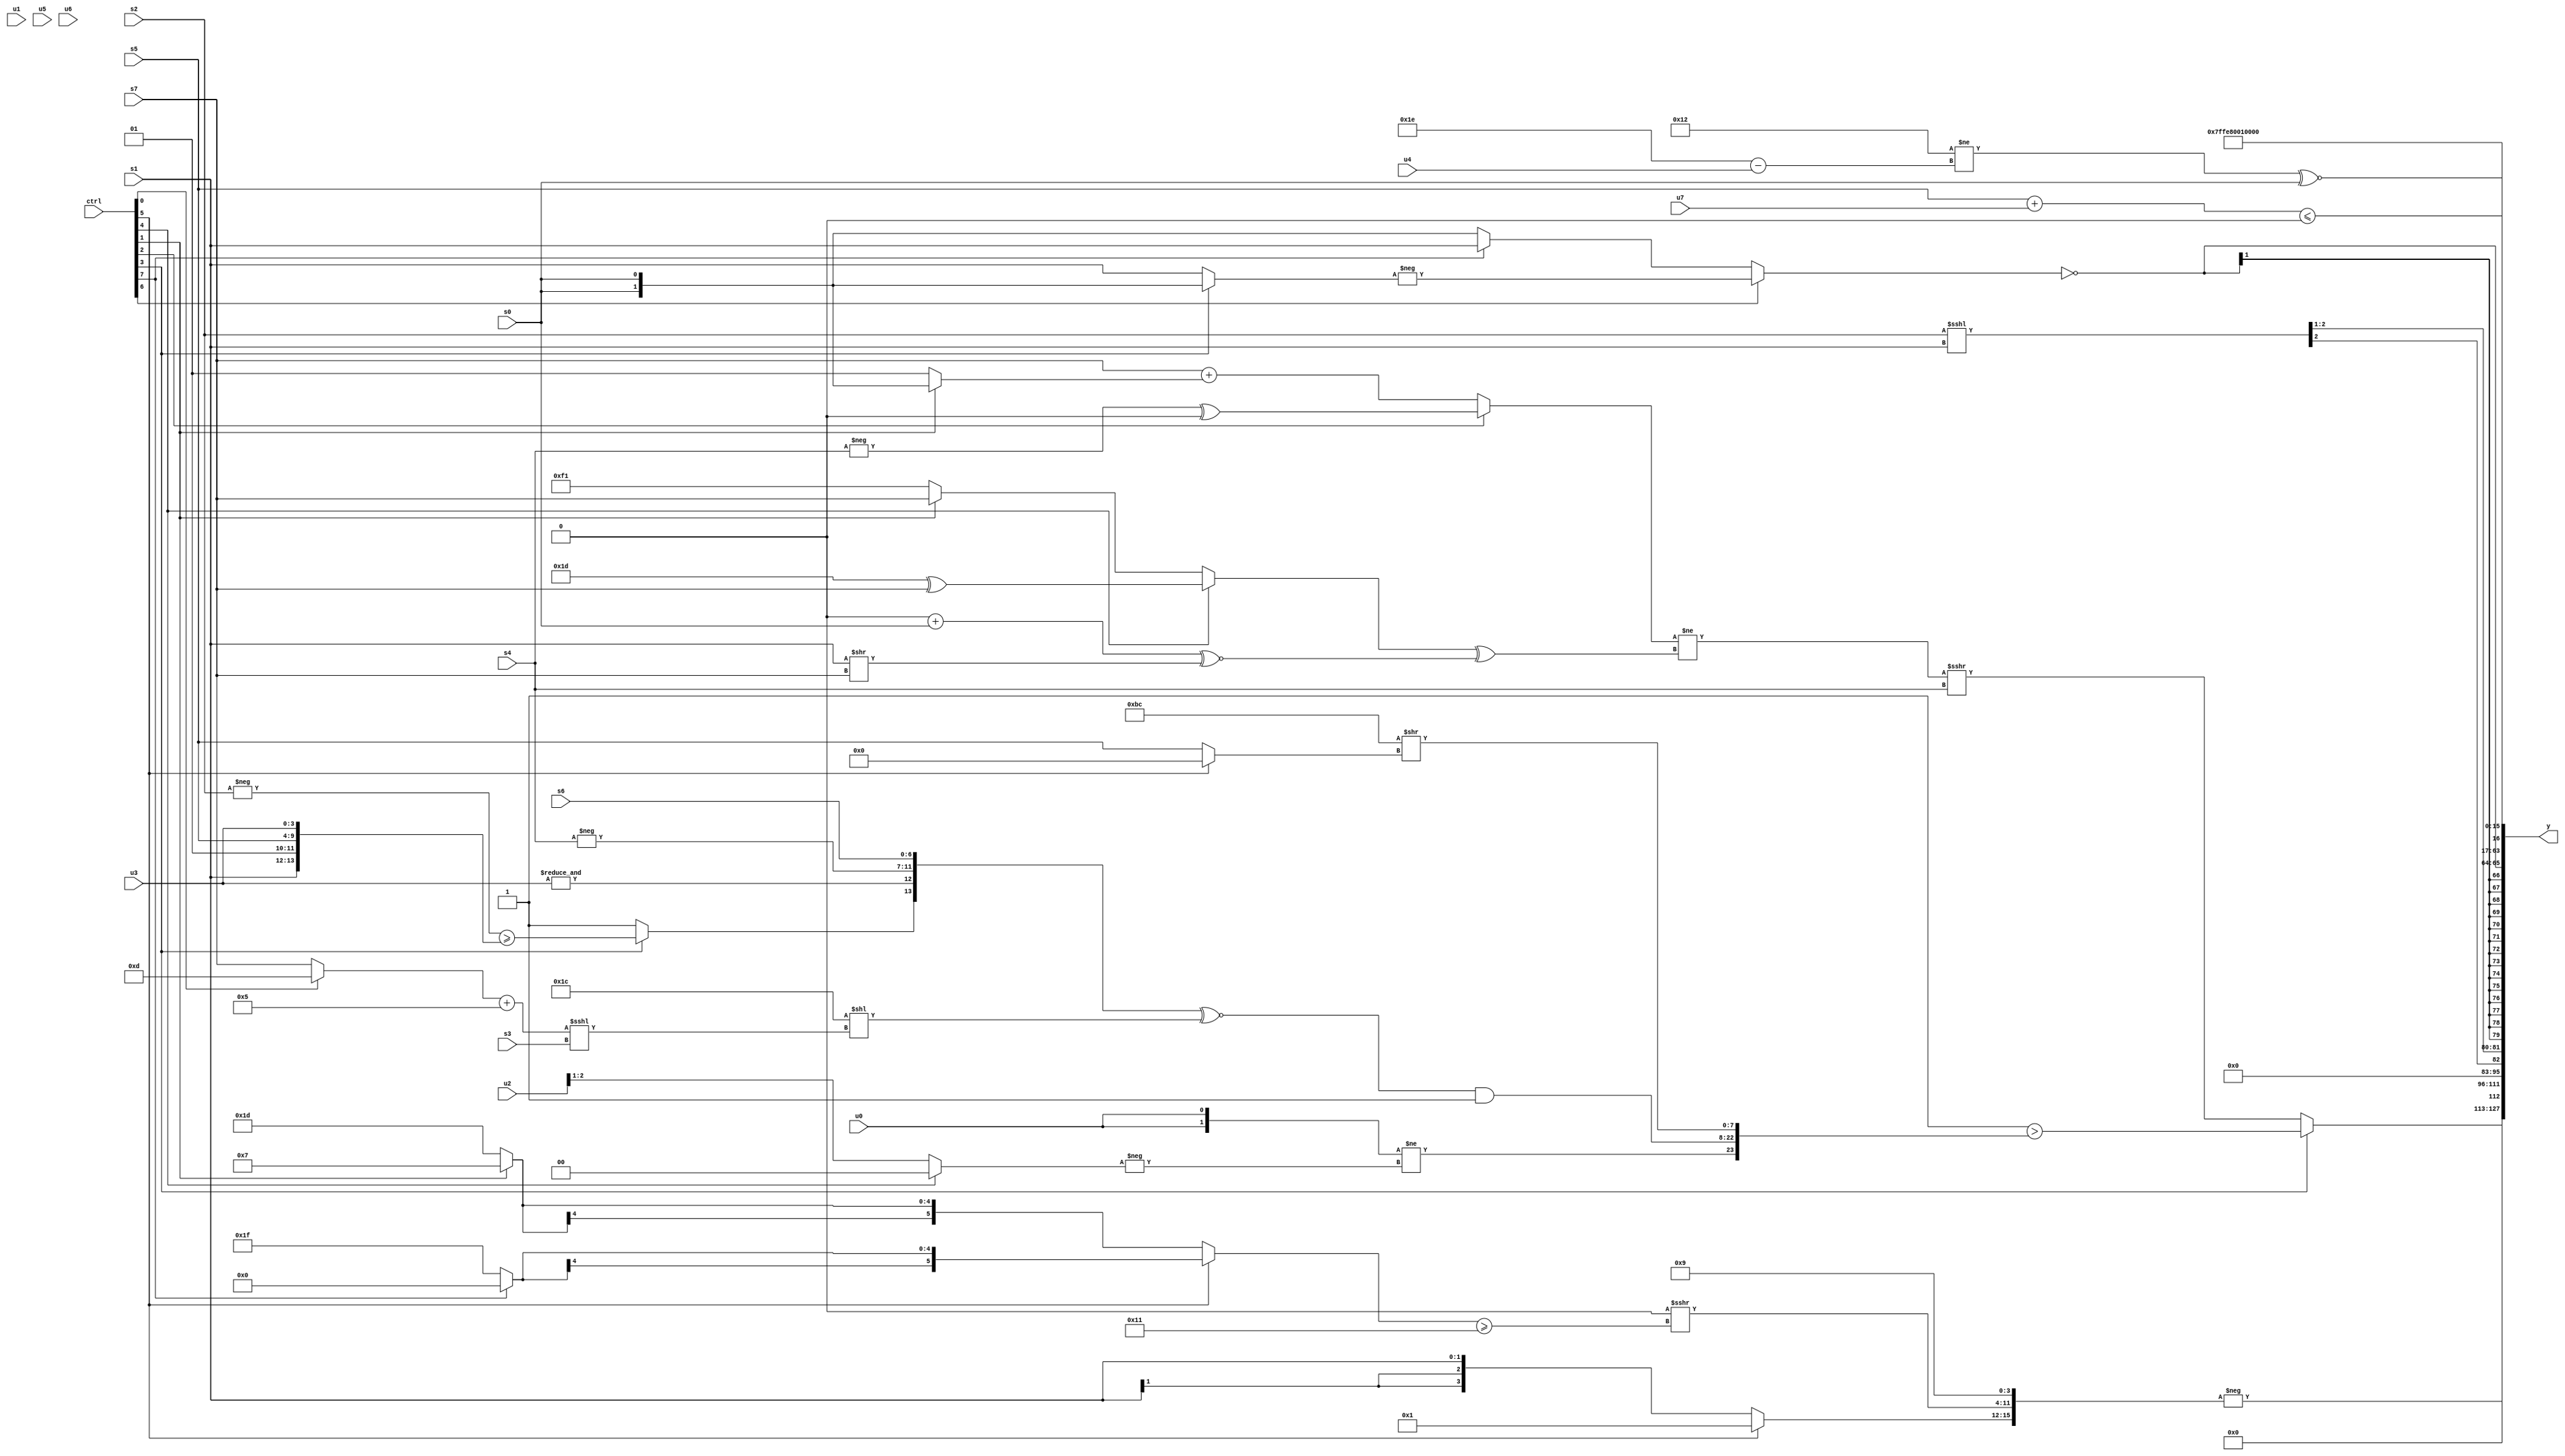
module wideexpr_00686(ctrl, u0, u1, u2, u3, u4, u5, u6, u7, s0, s1, s2, s3, s4, s5, s6, s7, y);
  input [7:0] ctrl;
  input [0:0] u0;
  input [1:0] u1;
  input [2:0] u2;
  input [3:0] u3;
  input [4:0] u4;
  input [5:0] u5;
  input [6:0] u6;
  input [7:0] u7;
  input signed [0:0] s0;
  input signed [1:0] s1;
  input signed [2:0] s2;
  input signed [3:0] s3;
  input signed [4:0] s4;
  input signed [5:0] s5;
  input signed [6:0] s6;
  input signed [7:0] s7;
  output [127:0] y;
  wire [15:0] y0;
  wire [15:0] y1;
  wire [15:0] y2;
  wire [15:0] y3;
  wire [15:0] y4;
  wire [15:0] y5;
  wire [15:0] y6;
  wire [15:0] y7;
  assign y = {y0,y1,y2,y3,y4,y5,y6,y7};
  assign y0 = (ctrl[3]?(~&(3'sb101))>({$signed(({2{$unsigned(+(+(u0)))}})!=(-((ctrl[4]?$signed((5'b00000)>(6'sb100000)):+((u2)>>(3'sb001)))))),(({(ctrl[3]?(-(s2))>=({s1,2'sb01,s5,u3}):2'b01),&(u3),-(s4),s6})^~((6'b011100)<<((((ctrl[0]?5'sb01101:s7))+($signed(6'sb000101)))<<<(s3))))&(1'b1),({$signed((3'sb001)^(4'sb1010)),1'sb1,3'sb100})>>((ctrl[5]?2'sb00:s5))}):|(+((((ctrl[2]?(-(s4))^($signed((u7)<<<(5'sb10000))):(s7)+(+((ctrl[1]?s0:2'sb01)))))!=(((ctrl[4]?(6'sb011101)^(s7):$signed((ctrl[1]?s7:5'sb10001))))^((($signed(1'sb0))+(s0))^~((s1)>>(s7)))))>>>(s4))));
  assign y1 = -({{4{(ctrl[5]?(ctrl[5]?2'sb01:s7):+(s1))}},((((5'sb10010)>>>(6'sb011110))+((ctrl[6]?$signed(s7):$signed(s5))))<<({$signed(-(5'sb01010))}))>>>((+((ctrl[5]?(ctrl[7]?1'sb0:5'sb11111):(ctrl[1]?5'sb00111:3'sb101))))>=(6'sb010001)),4'sb1001});
  assign y2 = $unsigned($signed((+((s2)<<<(s1)))>>>(3'sb001)));
  assign y3 = $signed(~((ctrl[6]?-((ctrl[3]?s0:s1)):(ctrl[7]?$signed(s1):s0))));
  assign y4 = 5'sb11101;
  assign y5 = 2'b10;
  assign y6 = +(+((((s5)+(+(u7)))<<(($unsigned(s4))<<((6'sb110000)<<(2'sb01))))<=($signed((^(s6))>>>(-(6'b011101))))));
  assign y7 = ($signed($unsigned((5'sb10010)!=((5'sb11110)-(+(u4))))))^~(+(s0));
endmodule